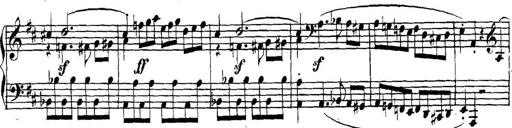
Title: Collected Piano Sonatas
Composer: Muzio Clementi